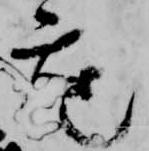
座